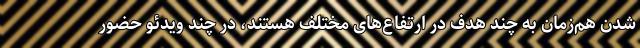
شدن هم‌زمان به چند هدف در ارتفاع‌های مختلف هستند، در چند ویدئو حضور